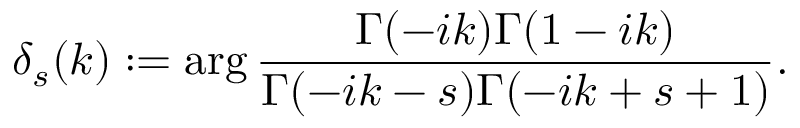
\delta _ { s } ( k ) : = \arg \frac { \Gamma ( - i k ) \Gamma ( 1 - i k ) } { \Gamma ( - i k - s ) \Gamma ( - i k + s + 1 ) } .